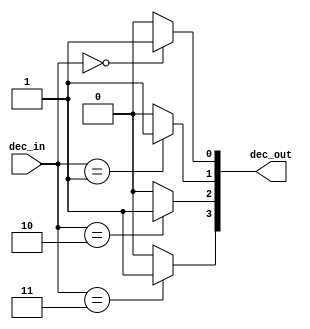
// From the book: "But How Do It Know?" pg. 102
// Written by: J. Clark Scott
//
// Verilog HDL implementation of the computer described in the book.
//
// 2 to 4 Decoder in the Control Unit
//
// * No changes required for CPU_B
// ******************************************************************************
`timescale 1ns / 1ps
module dec2x4(
	input [1:0] dec_in,			// 2-bit select
	output [3:0] dec_out 		// 4 output bits
	);
	
	assign dec_out[3] = (dec_in == 2'b11) ? 1'b1 : 1'b0;
	assign dec_out[2] = (dec_in == 2'b10) ? 1'b1 : 1'b0;
	assign dec_out[1] = (dec_in == 2'b01) ? 1'b1 : 1'b0;
	assign dec_out[0] = (dec_in == 2'b00) ? 1'b1 : 1'b0;
	
endmodule